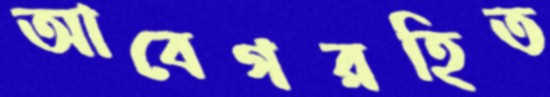
আবেগরহিত